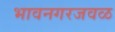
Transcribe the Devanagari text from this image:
भावनगरजवळ